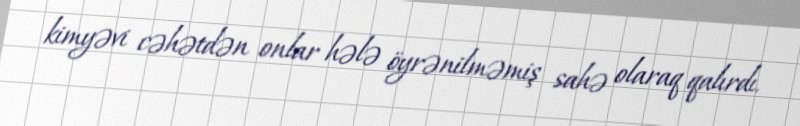
kimyəvi cəhətdən onlar hələ öyrənilməmiş sahə olaraq qalırdı.